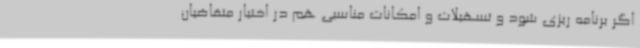
اگر برنامه ریزی شود و تسهیلات و امکانات مناسبی هم در اختیار متقاضیان